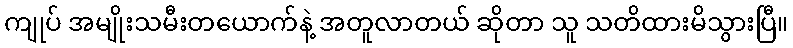
ကျုပ် အမျိုးသမီးတယောက်နဲ့ အတူလာတယ် ဆိုတာ သူ သတိထားမိသွားပြီ။